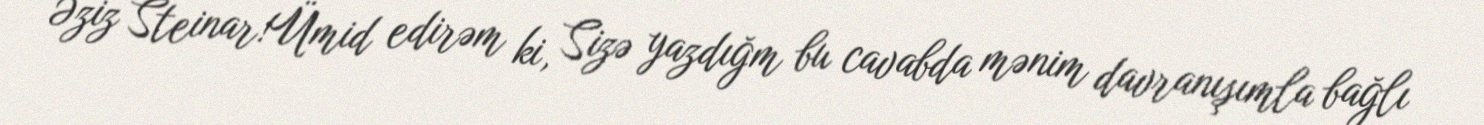
Əziz Steinar!Ümid edirəm ki, Sizə yazdığm bu cavabda mənim davranışımla bağlı